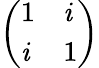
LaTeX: \left(\begin{array}{ll}{1}&{\mathit{i}}\\ {\mathit{i}}&{1}\end{array}\right)